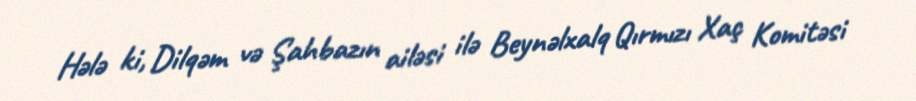
Hələ ki, Dilqəm və Şahbazın ailəsi ilə Beynəlxalq Qırmızı Xaç Komitəsi